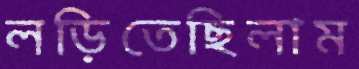
লড়িতেছিলাম